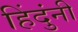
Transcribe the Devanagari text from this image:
हिंदुंनी